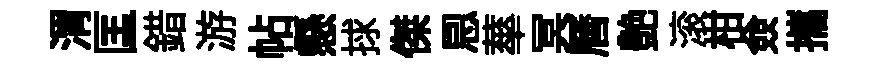
渭匡錯游帖懸捄傑㤙蕐冥曆艶滚柑僉攜